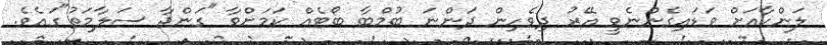
ލަންކާއަށް ވަޑައިގެންނެވީ އޭރު ދިވެހިން ދަންނަ ބުމްބާ ބޯޓެއް ކަމަށްވާ "ގަންޖާ ސަލާމަތު"ގައެވެ.